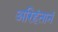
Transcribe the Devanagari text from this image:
अरिहंतानं